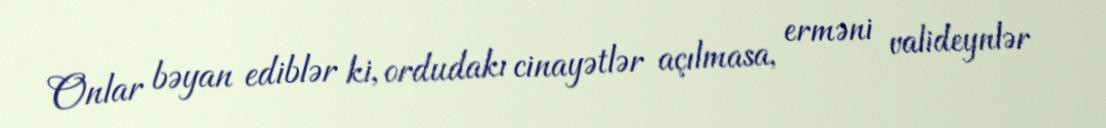
Onlar bəyan ediblər ki, ordudakı cinayətlər açılmasa, erməni valideynlər